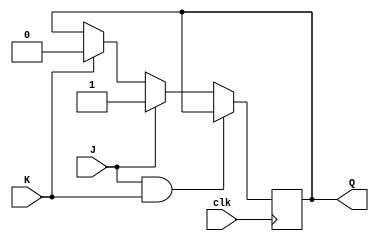
module jk_flipflop (
  input J,   // J input
  input K,   // K input
  input clk, // Clock input
  output reg Q // Output
);

  always @(posedge clk) begin
    if (J && K) // Invalid condition
      Q <= Q; // No change
    else if (J)
      Q <= 1'b1;
    else if (K)
      Q <= 1'b0;
  end

endmodule